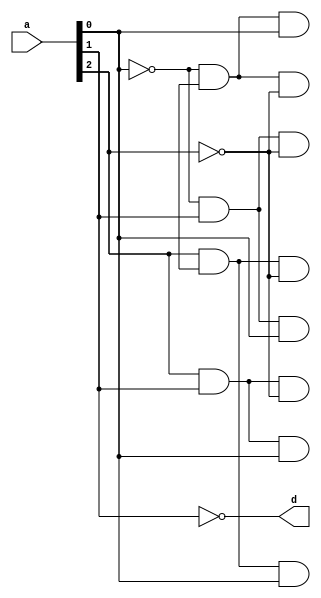
`timescale 1ns / 1ps
//////////////////////////////////////////////////////////////////////////////////
// Company: 
// Engineer: 
// 
// Design Name: 
// Module Name:    decoder1x8 
// Project Name: 
// Target Devices: 
// Tool versions: 
// Description: 
//
// Dependencies: 
//
// Revision: 
// Revision 0.01 - File Created
// Additional Comments: 
//
//////////////////////////////////////////////////////////////////////////////////
module decoder1x8(
    input [2:0] a,
    output [7:0] d
    );
	 wire c,f,e;
	 assign c=~a[0];
	 assign d=~a[1];
	 assign e=~a[2];
	 
	 assign d[0]=c&f&e;
	 assign d[1]=c&f&a[0];
	 assign d[2]=c&a[1]&e;
	 assign d[3]=c&a[1]&a[0];
	 assign d[4]=a[2]&f&e;
	 assign d[5]=a[2]&f&a[0];
	 assign d[6]=a[2]&a[1]&e;
	 assign d[7]=a[2]&a[1]&a[0];
	 


endmodule